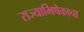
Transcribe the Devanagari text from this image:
राज्याभिषेकाचा